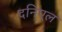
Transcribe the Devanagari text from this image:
दनिएल